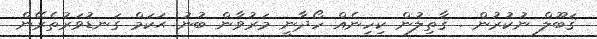
ޤަބޫލް ނުކުރުން . ޤާތިލުން ކިހިނެއް ހޯދާނީ މަރުވާން ބުނު ޙަކަމް ގަނޑުވަރުތެރޭން